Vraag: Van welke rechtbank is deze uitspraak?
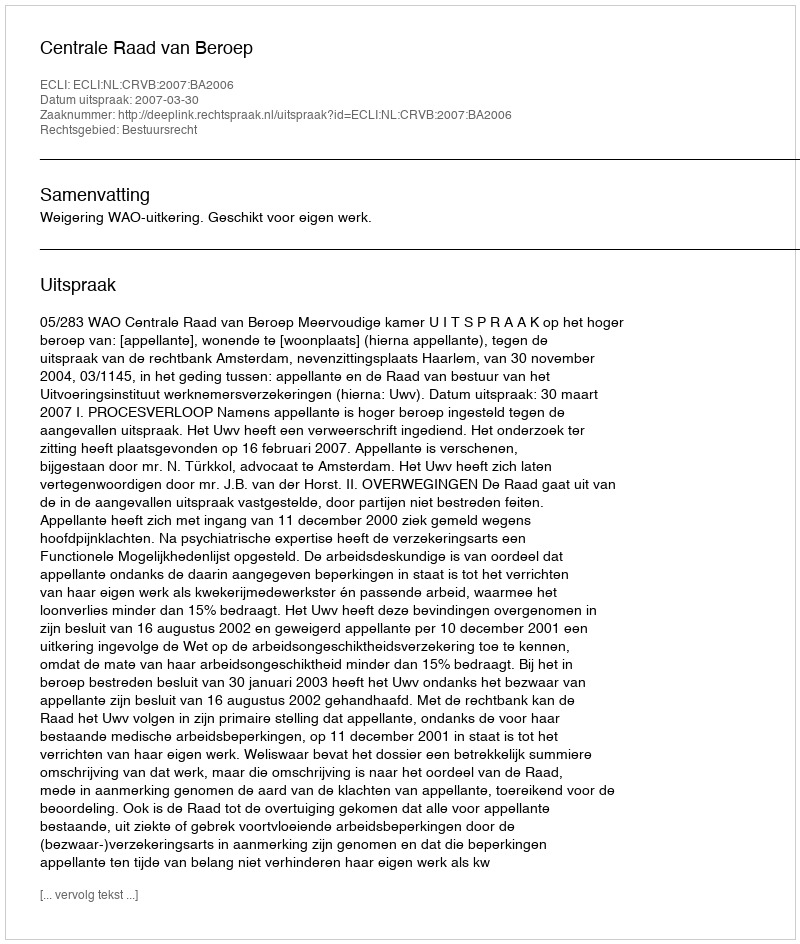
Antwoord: Centrale Raad van Beroep